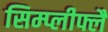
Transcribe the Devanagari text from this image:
सिम्प्लीफ्लै